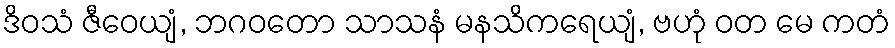
ဒိဝသံ ဇီဝေယျံ, ဘဂဝတော သာသနံ မနသိကရေယျံ, ဗဟုံ ဝတ မေ ကတံ